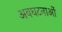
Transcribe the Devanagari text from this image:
अवघटनाओं